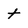
Character: t